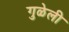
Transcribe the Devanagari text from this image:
गुळेली